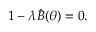
1 - \lambda \hat { B } ( \theta ) = 0 .